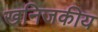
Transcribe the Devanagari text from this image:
खनिजकीय